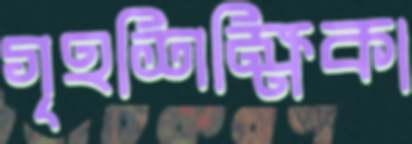
গৃহশিক্ষিকা